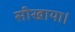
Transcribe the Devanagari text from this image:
सीखाया।